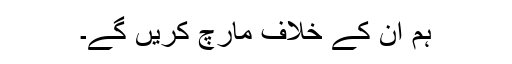
ہم ان کے خلاف مارچ کریں گے۔